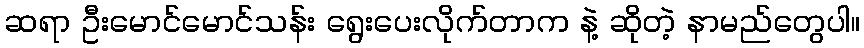
ဆရာ ဦးမောင်မောင်သန်း ရွေးပေးလိုက်တာက နဲ့ ဆိုတဲ့ နာမည်တွေပါ။